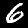
Digit: 6